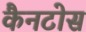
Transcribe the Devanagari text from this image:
कैनटोस